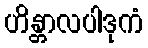
ဟိန္တာလပါဒုကံ